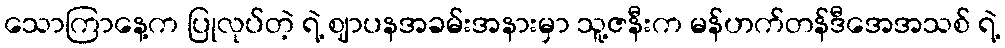
သောကြာနေ့က ပြုလုပ်တဲ့ ရဲ့ ဈာပနအခမ်းအနားမှာ သူ့ဇနီးက မန်ဟက်တန်ဒီအေအသစ် ရဲ့